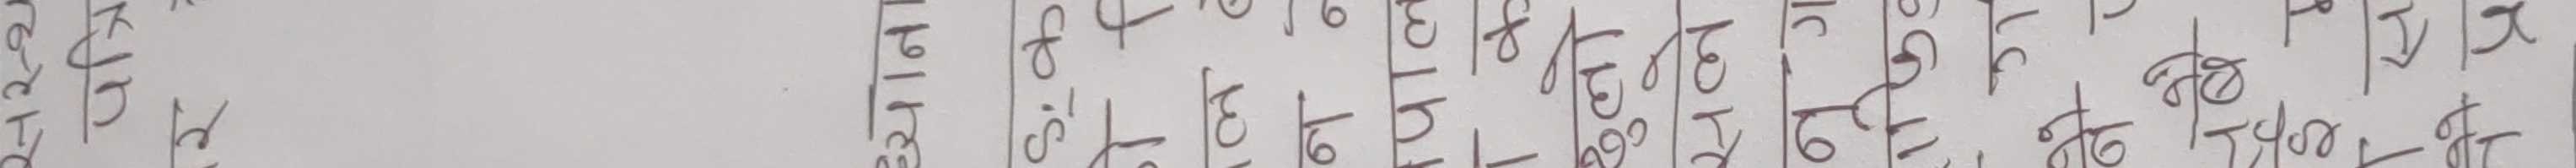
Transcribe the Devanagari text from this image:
का प्र
३।१ का
३।२ फि
३।३ ढं
३।४ तो
३।५ हो
३।६ जो
३।७ को
३।८ नो
३।९ पो
३।१० दो
३।११ दो
३।१२ मो
३।१३ यो
३।१४ बो
३।१५ रो
३।१६ लो
३।१७ सो